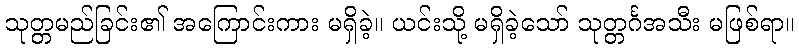
သုတ္တမည်ခြင်း၏ အကြောင်းကား မရှိခဲ့။ ယင်းသို့ မရှိခဲ့သော် သုတ္တင်္ဂအသီး မဖြစ်ရာ။